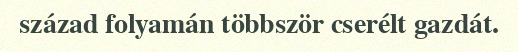
század folyamán többször cserélt gazdát.